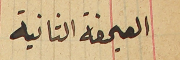
الصحيفة الثانية